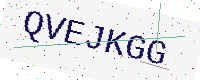
Text: QVEJKGG